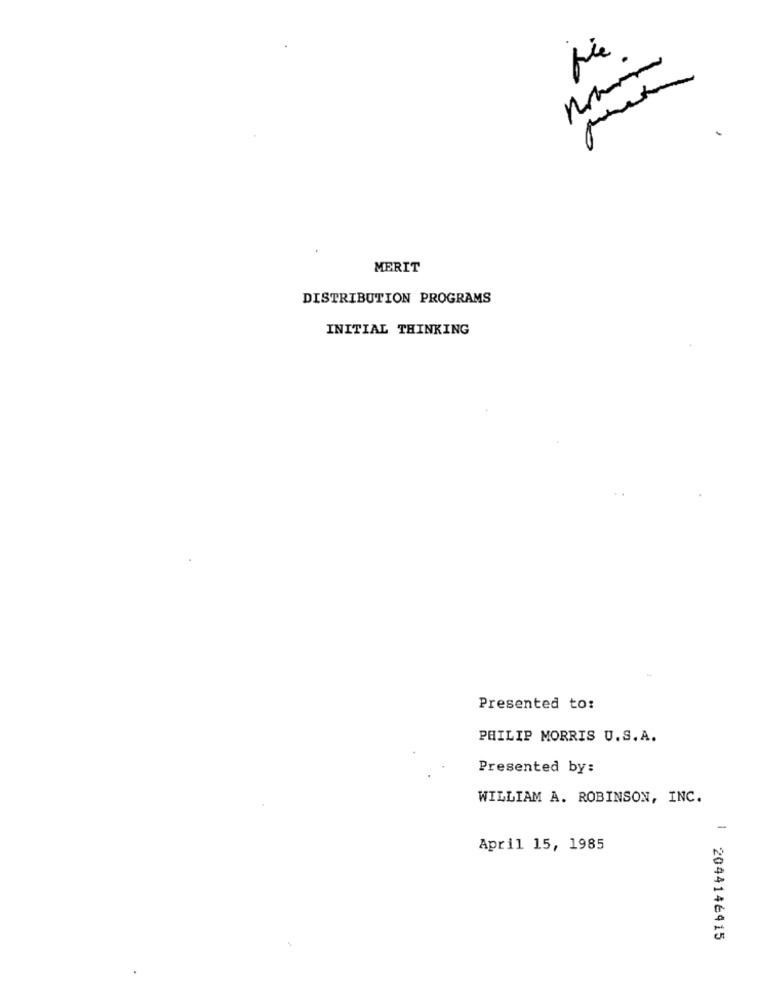
MERIT
DISTRIBUTION PROGRAMS
INITIAL THINKING
Presented to:
PHILIP MORRIS U.S.A.
Presented by:
WILLIAM A. ROBINSON, INC.
-
April 15, 1985
2044146415